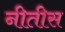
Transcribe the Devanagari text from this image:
नीतीस